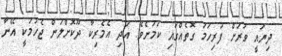
ދިޔައީ ވަރަށް ފުރިހަމަ ގޮތެއްގައި ކަމަށެވެ. އަދި އެމެރިކާ ދޫކޮށްލަން ޖެހުމަކީ އޭނާ